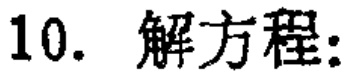
10. 解方程: